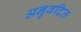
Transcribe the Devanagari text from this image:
अनुवदित